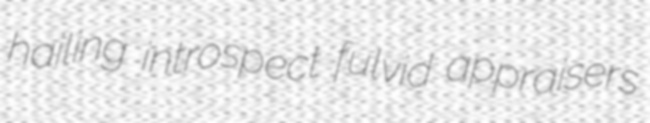
hailing introspect fulvid appraisers